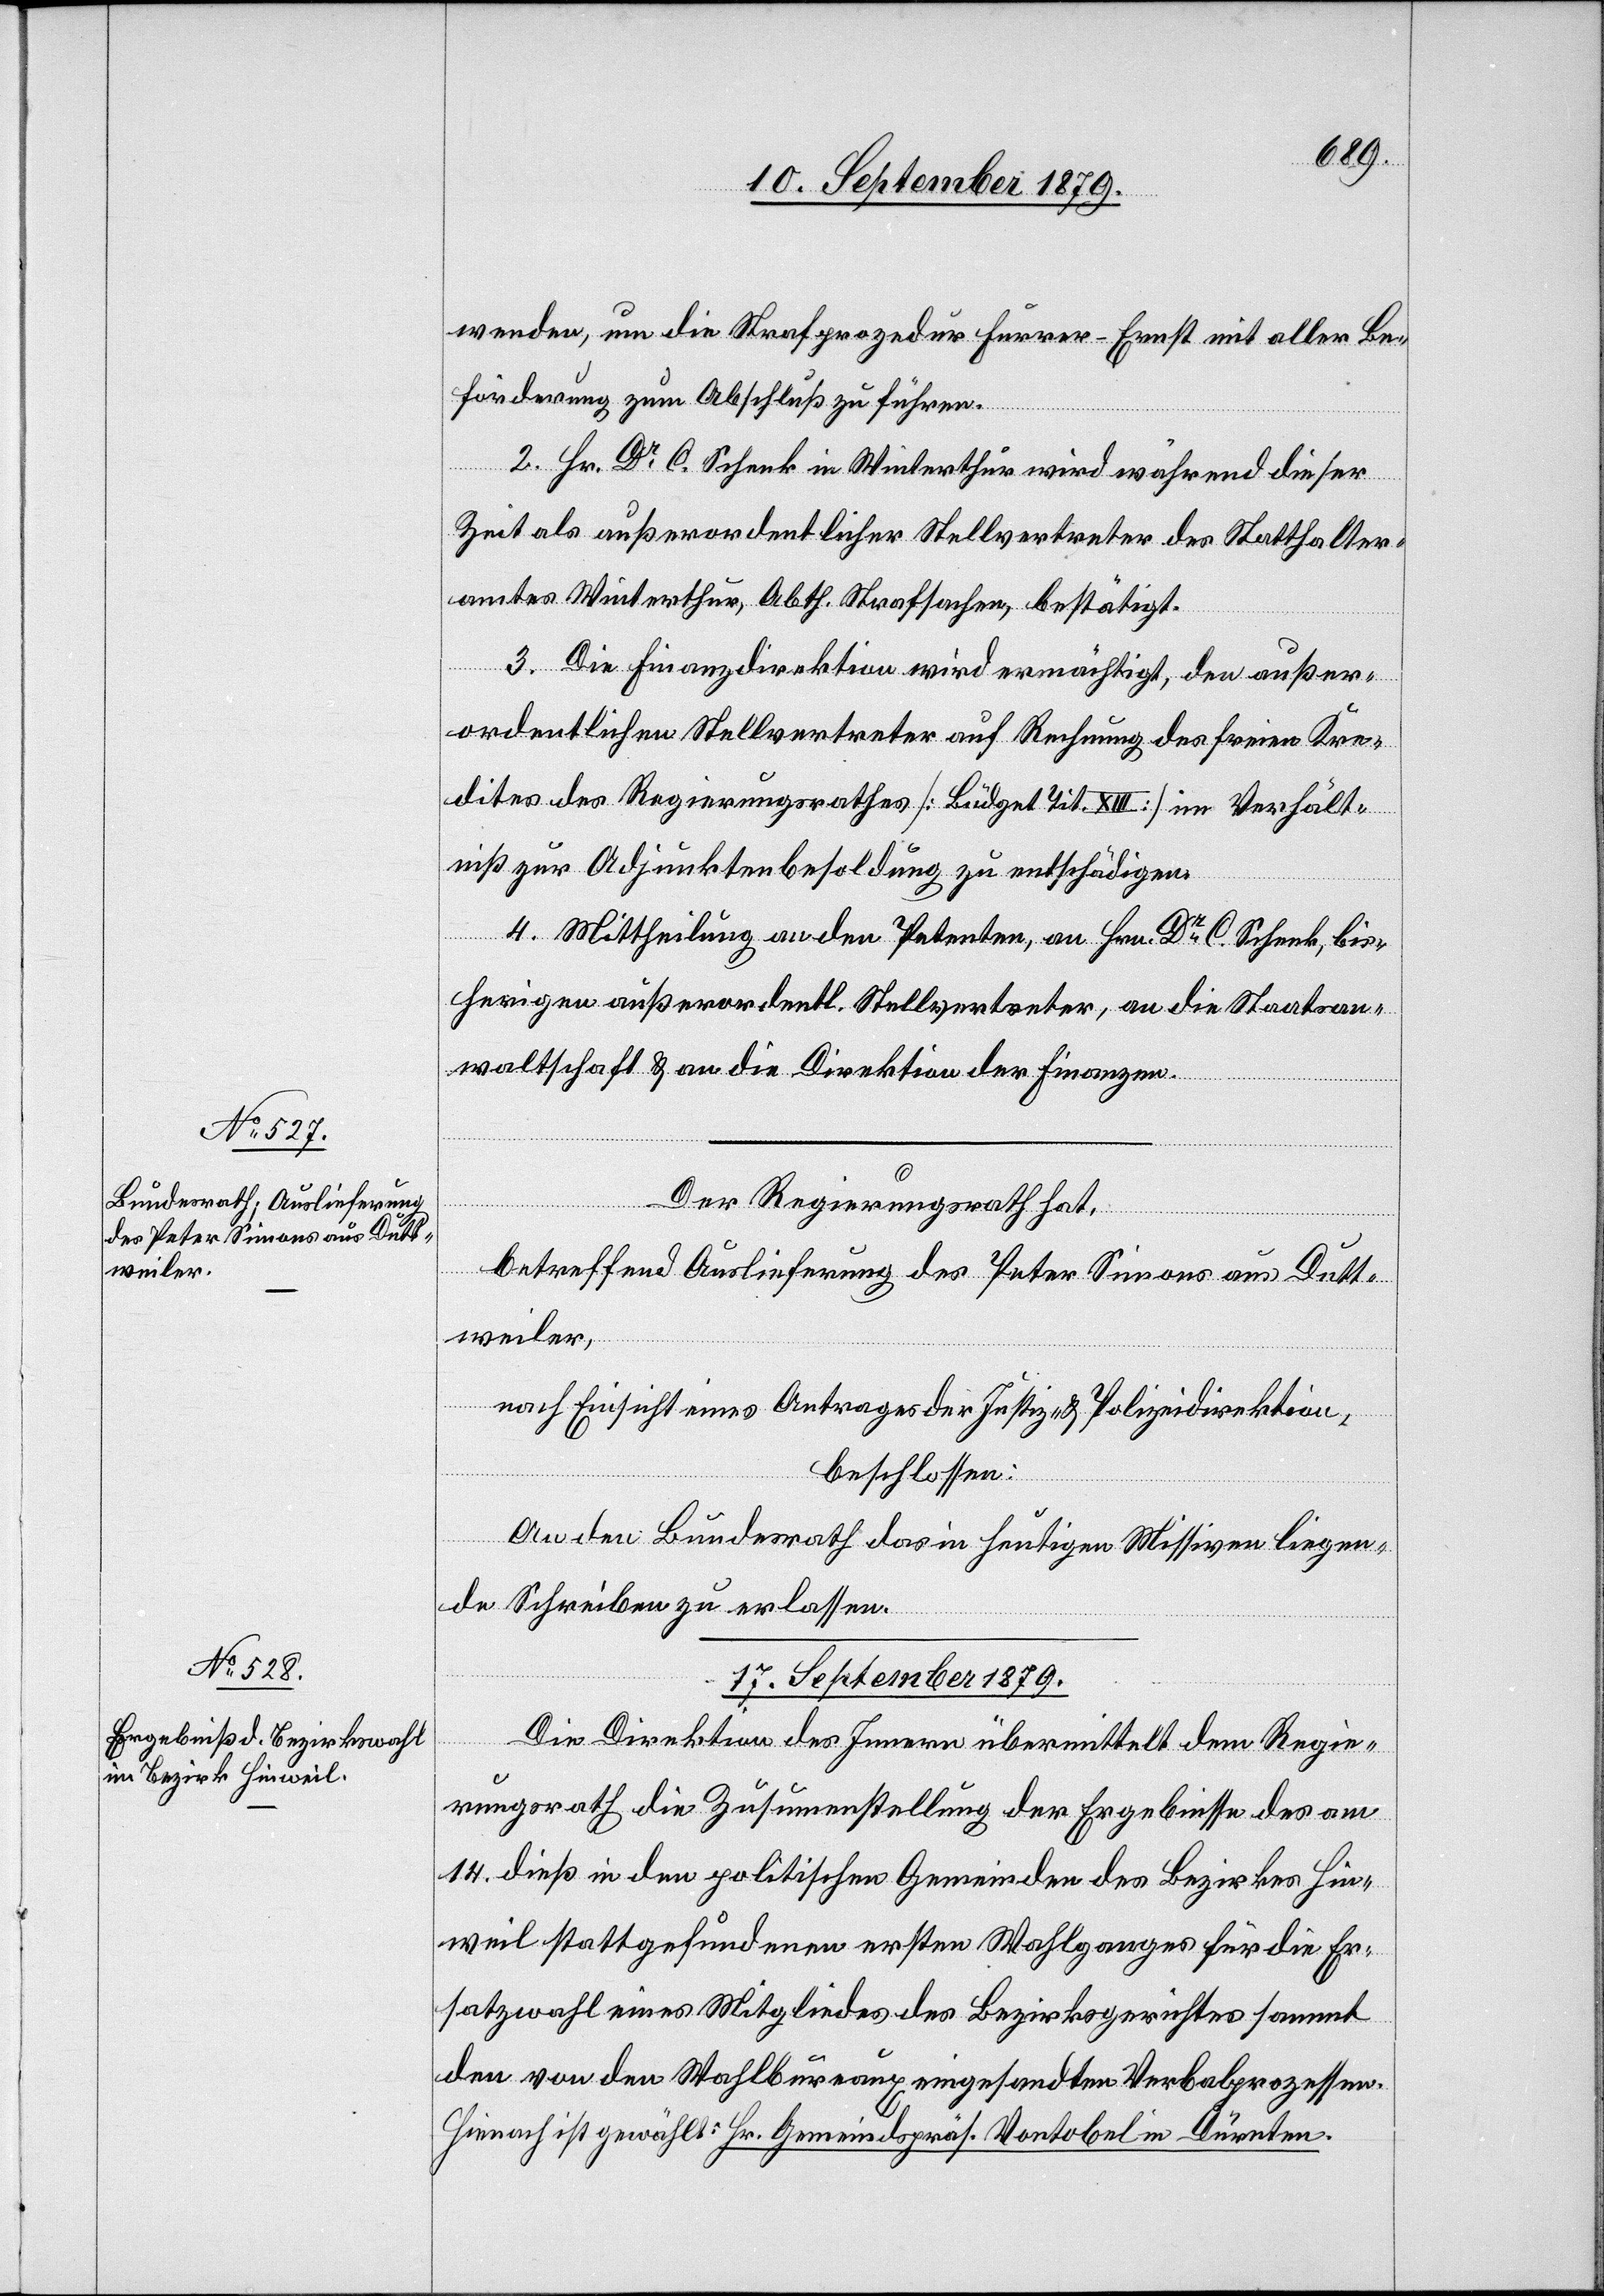
16. September 1879.]
wenden, um die Strafprozedur Furrer-Ernst mit aller Be¬
förderung zum Abschluß zu führen.
2. Hr. Dr C. Schenk in Winterthur wird während dieser
Zeit als außerordentlicher Stellvertreter des Statthalter¬
amtes Winterthur, Abth. Strafsachen, bestätigt.
3. Die Finanzdirektion wird ermächtigt, den außer¬
ordentlichen Stellvertreter auf Rechnung des freien Kre¬
dites des Regierungsrathes [Büdget Tit. XIII] im Verhält¬
niß zur Adjunktenbesoldung zu entschädigen.
4. Mittheilung an den Petenten, an Hrn. Dr C. Schenk, bis¬
herigen außerordentl. Stellvertreter, an die Staatsan¬
waltschaft & an die Direktion der Finanzen.
Der Regierungsrath hat,
betreffend Auslieferung des Peter Simons aus Dutt¬
weiler,
nach Einsicht eines Antrages der Justiz- & Polizeidirektion,
beschlossen:
An den Bundesrath das in heutigen Missiven liegen¬
de Schreiben zu erlassen.
17. September 1879.
Die Direktion des Innern übermittelt dem Regie¬
rungsrath die Zusammenstellung der Ergebnisse des am
14. dieß in den politischen Gemeinden des Bezirkes Hin¬
weil stattgefundenen ersten Wahlganges für die Er¬
satzwahl eines Mitgliedes des Bezirksgerichtes sammt
den von den Wahlbureaux eingesandten Verbalprozessen.
Hienach ist gewählt: Hr. Gemeindspräs. Vontobel in Dürnten.